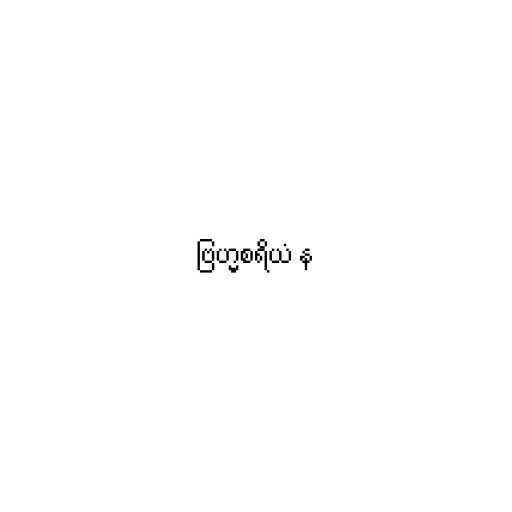
ဗြဟ္မစရိယံ န